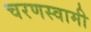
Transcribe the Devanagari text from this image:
चरणस्वामी